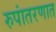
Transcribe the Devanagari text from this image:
रुपांतरणात